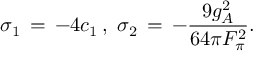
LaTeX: \sigma _ { 1 } \, = \, - 4 c _ { 1 } \, , \ \sigma _ { 2 } \, = \, - \frac { 9 g _ { A } ^ { 2 } } { 6 4 \pi F _ { \pi } ^ { 2 } } .